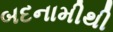
બદનામીથી